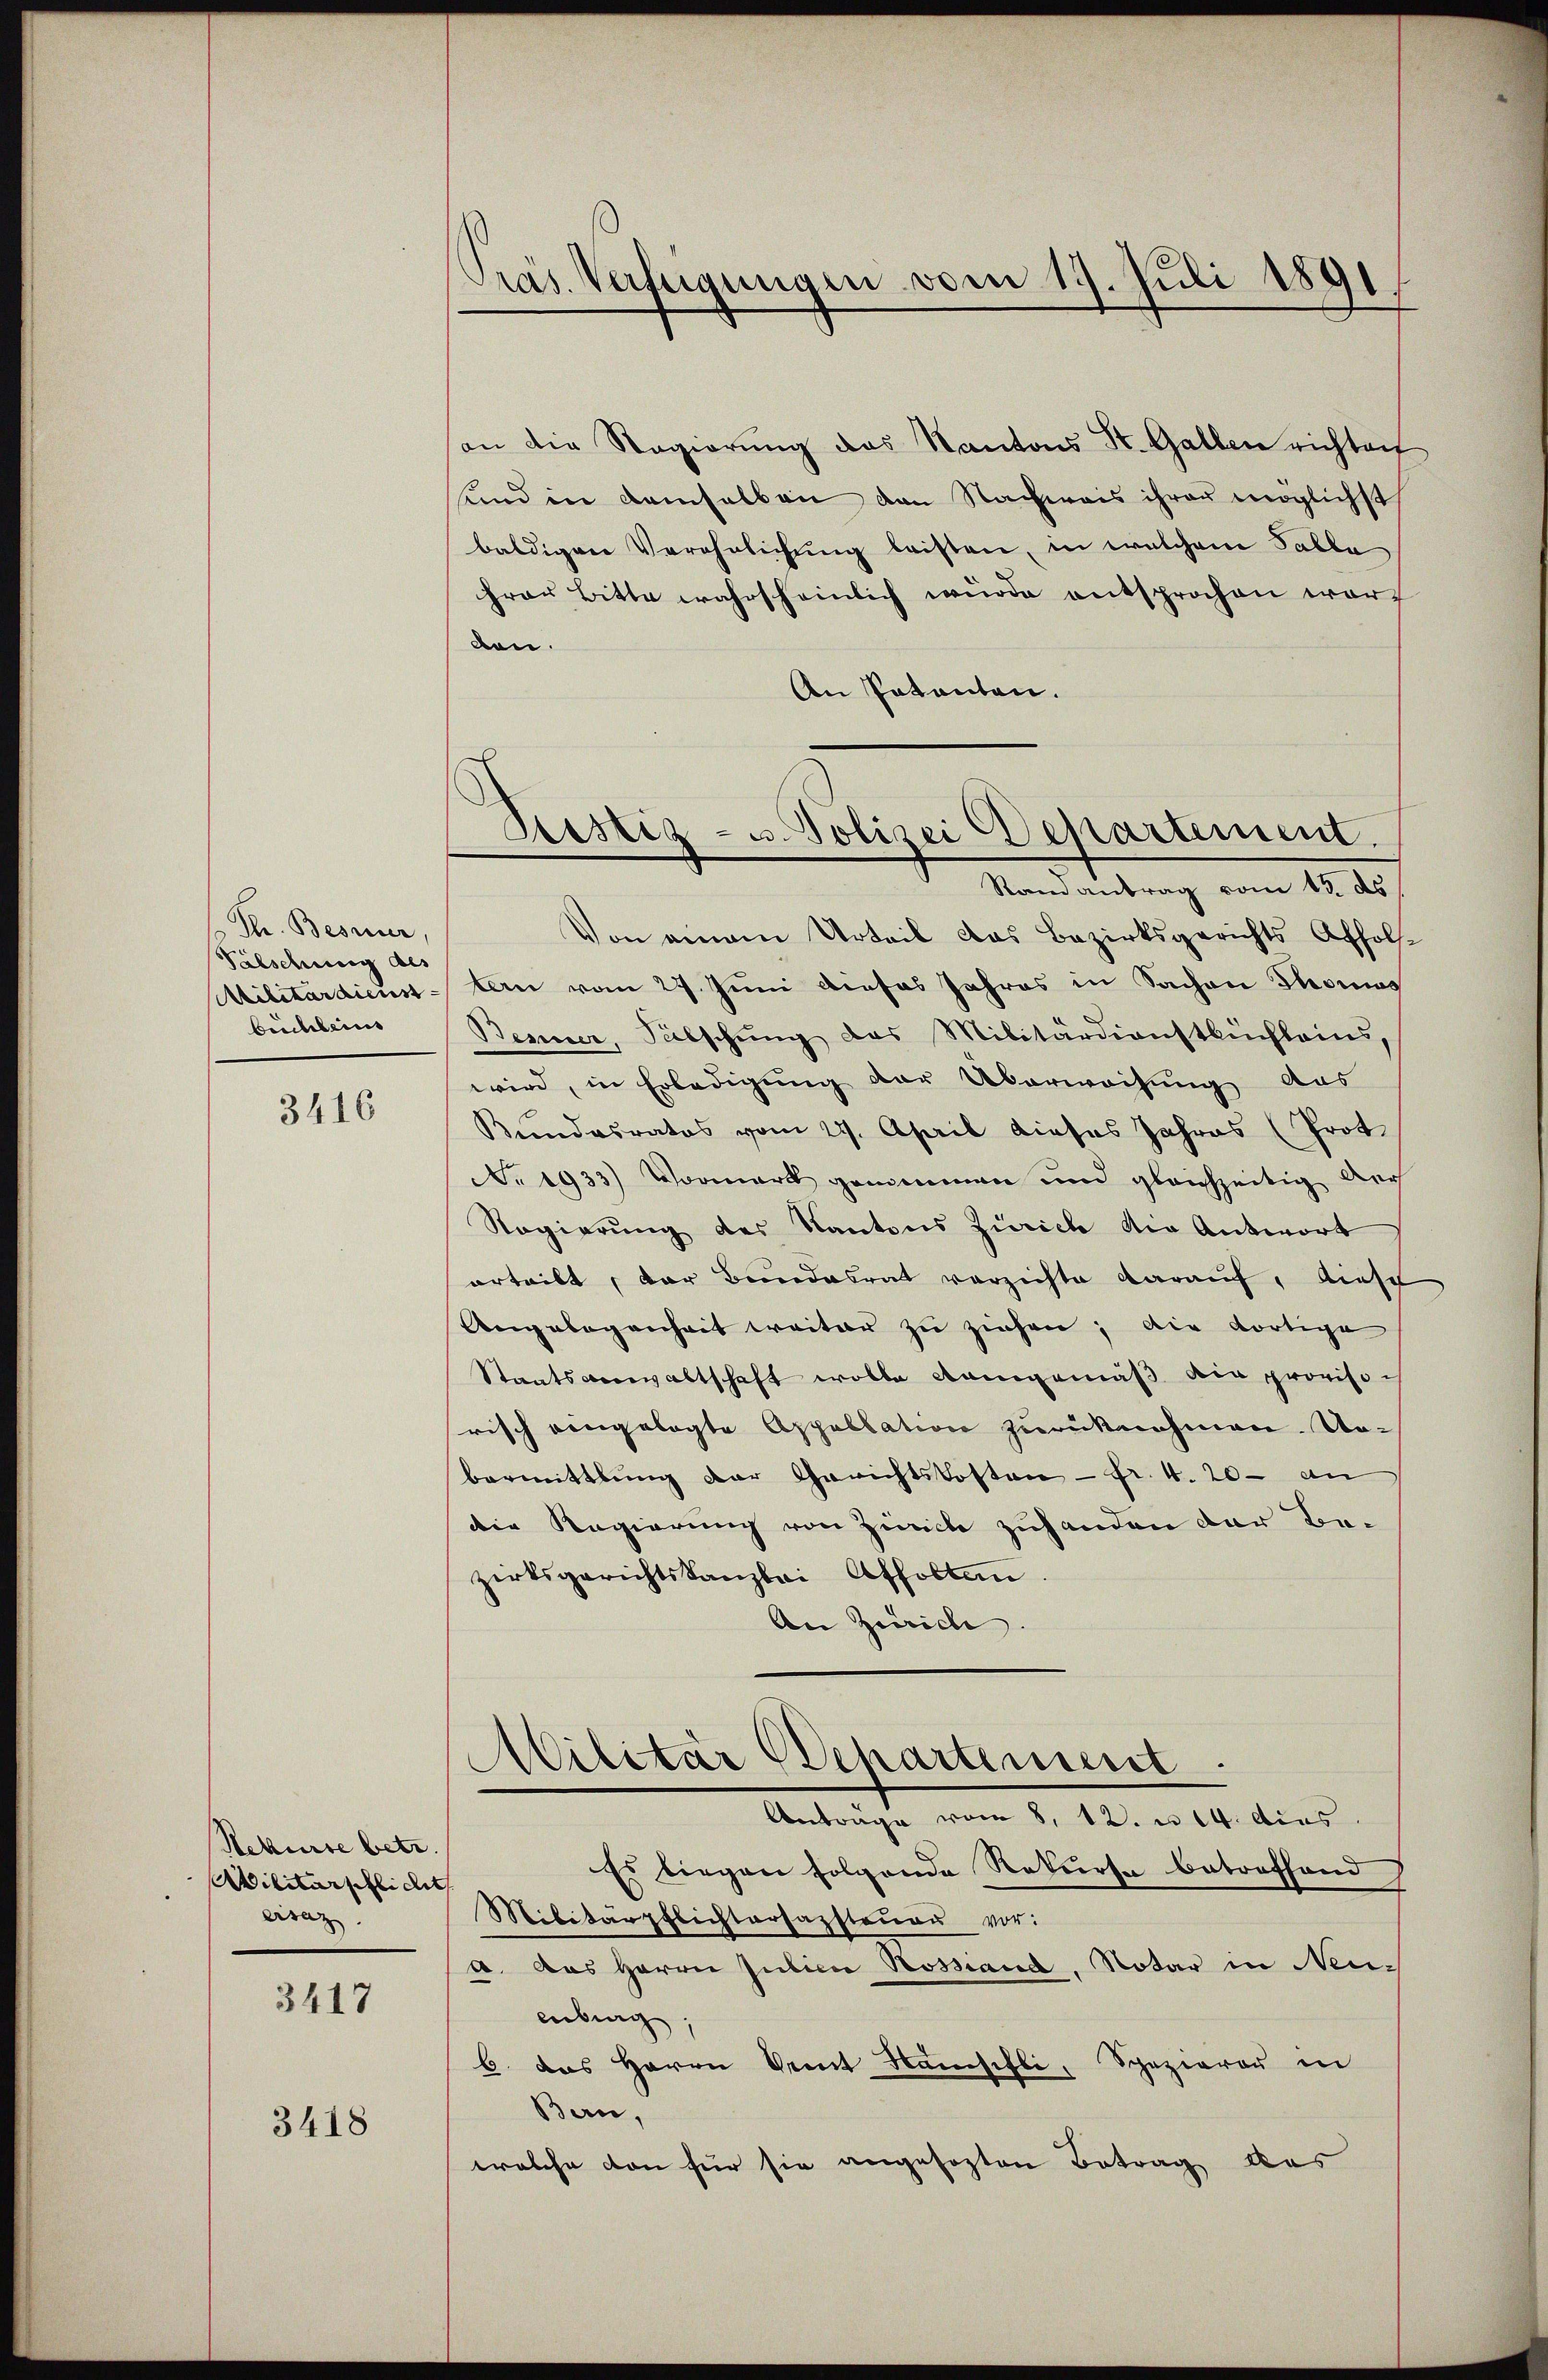
Th. Besser
Fälschung des
Militärdienst
buchbeins

3416

Rekurse betr.
Militärschlichet
eisaz

3417

3418

Präs. Verfügungen vom 17. Juli 1891

an die Regierŭng des Kantons St. Gallen richten
sund in demselben den Nachweis ihrer möglichst
baldigen Verähnlichung leisten, in welchem Palla
hrer Bitte wahrscheinlich wurde entsprochen worden.
An Patenten.
Ramantrag vom 13. ds
Von einem Urteil das Bezirksgerichts Affoltern vom 27. Juni dieses Jahres in Sachen Thomas
Benner, Subschung das Militärdienstbüchleins,
wird, in Erledigung der Überweisung aus
Kundesrates vom 27. April dieses Jahres (Prot
No. 1933) Vormerk genommen und gleichzeitig der
Ragierung des Kantons Zürich die Antwort
erteilt, der Bundesrat verzichte darauf, diese
Angelegenheit weiter zu ziehen; die dortige
Staatsanwaltschaft wolle demgemäß die provisorisch eingelegte Appellation zurücknehmen. Nobermittlung der Gerichtskosten - Fr. 4. 20 an
die Regierung von Zürich zuhanden der Be-
zirksgerichtskanzlei Affolten.
An Zürich. |
Militär Departement
Anträge vom 8. 12. u. 14. dies
Es birgen folgende Rekurse betreffend
Militärpflichtersagsteŭer vor:
a. Das Herrn Judici Postand, Notar in Neu-
enburg
6 das Herrn Amt Namschli, Spazierer in
Bern,
welche von für sie angesezten Betrag das

8
Sistig - u. Polizei Departement.